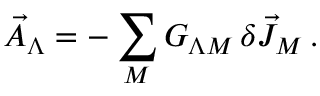
\vec { A } _ { \Lambda } = - \sum _ { M } G _ { \Lambda M } \, \delta \vec { J } _ { M } \, .